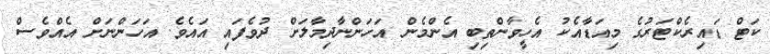
ކަޓް ޑައިރެކްޓަރުގެ މިއަޑާއެކު އެހީވާންތިބި އެންމެން އަހަންނާދިމާލަށް ދުވެފައި އައެވެ. އަހަންނަށް އެއްވެސް